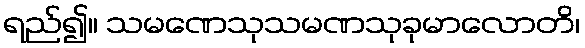
ရည်၍။ သမဏေသုသမဏသုခုမာလောတိ၊